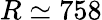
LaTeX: R\simeq 758